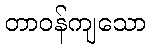
တာဝန်ကျသော